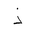
Letter: _thal